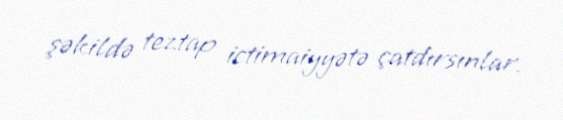
şəkildə teztap ictimaiyyətə çatdırsınlar.